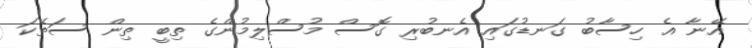
އޭނާ އެ ހިސާބު ގަނޑުގައި އެނބުރި ގޮސް މުސްލިމުންގެ ތިބީ ތިން ސަތޭކަ